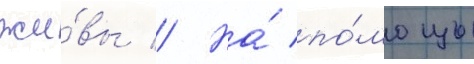
жи́вы // На́ по́мощь